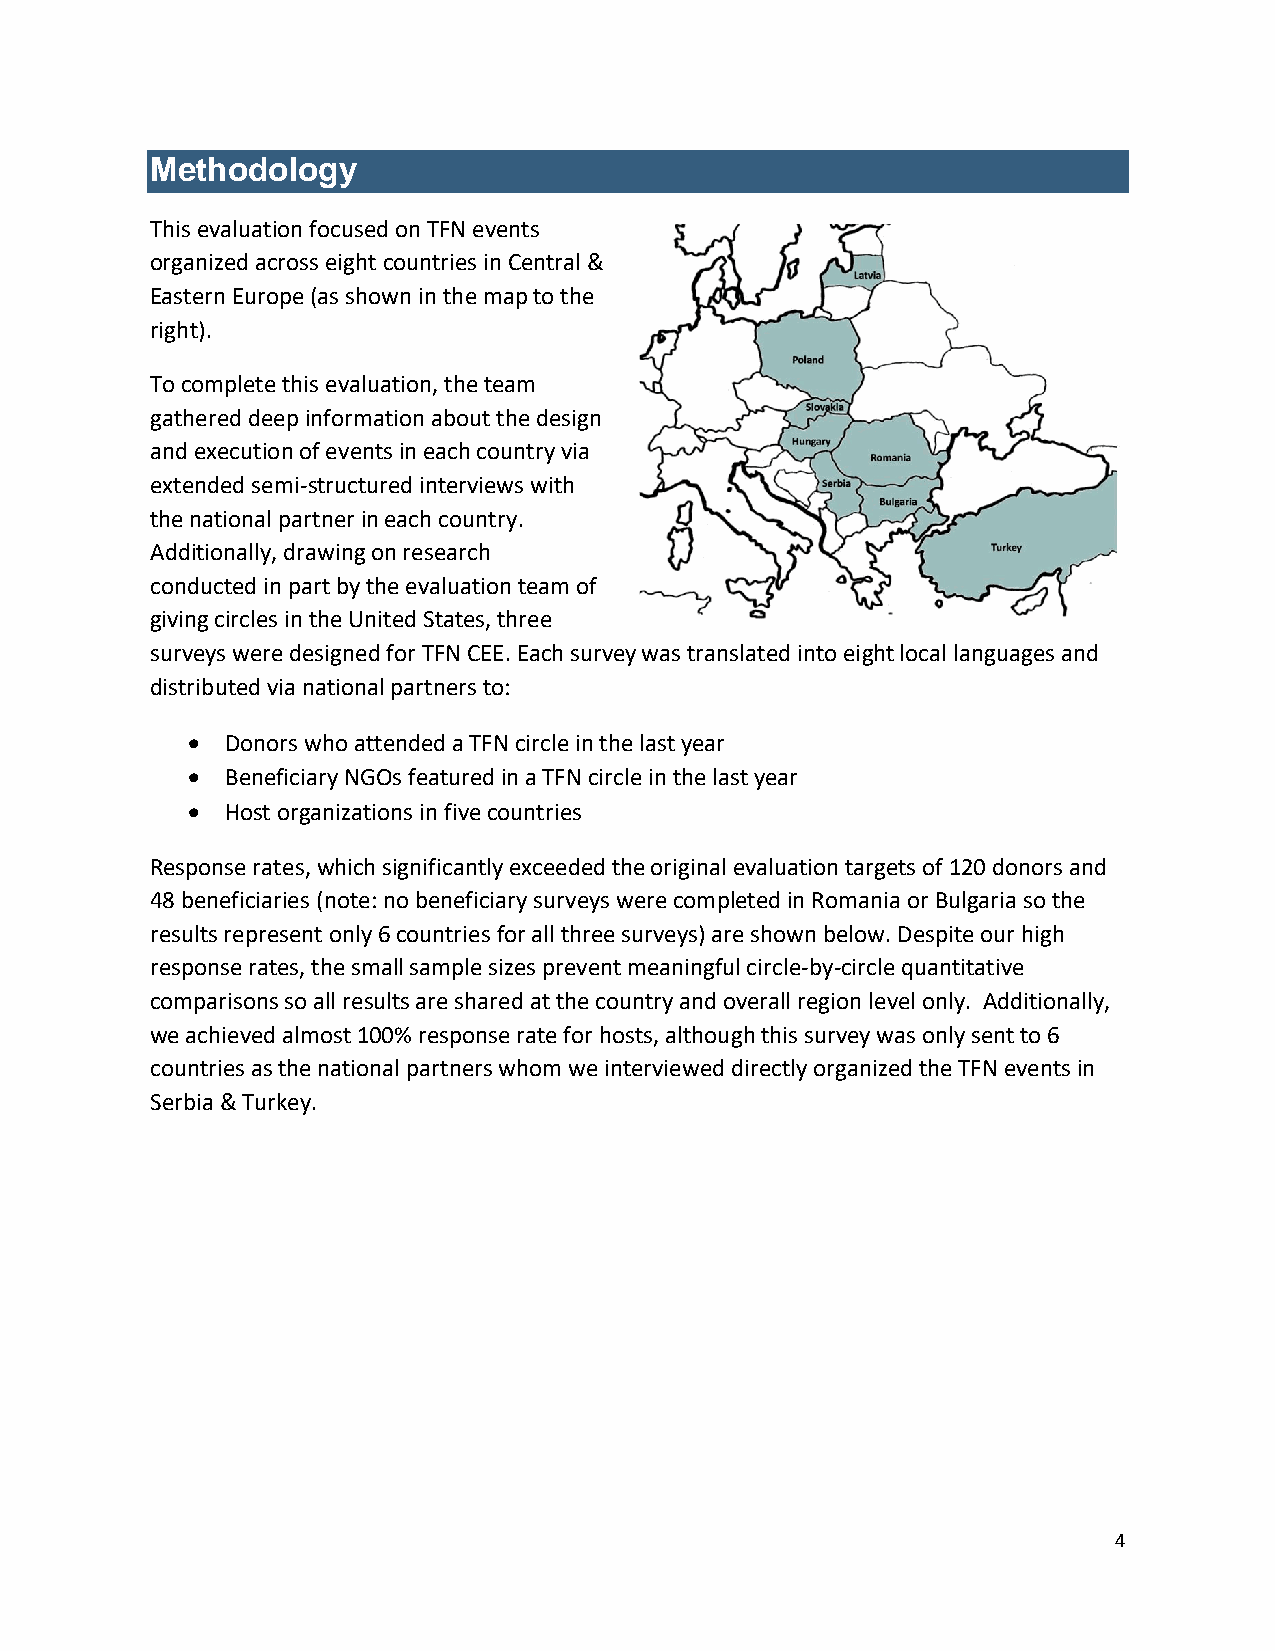
Methodology
 This evaluation focused on TFN events
 organized across eight countries in Central &
 Eastern Europe (as shown in the map to the
 right).
 To complete this evaluation, the team
 gathered deep information about the design
 and execution of events in each country via
 extended semi-structured interviews with
 the national partner in each country.
 Additionally, drawing on research
 conducted in part by the evaluation team of
 giving circles in the United States, three
 surveys were designed for TFN CEE. Each survey was translated into eight local languages and
 distributed via national partners to:
 •  Donors who attended a TFN circle in the last year
 •  Beneficiary NGOs featured in a TFN circle in the last year
 •  Host organizations in five countries
 Response rates, which significantly exceeded the original evaluation targets of 120 donors and
 48 beneficiaries (note: no beneficiary surveys were completed in Romania or Bulgaria so the
 results represent only 6 countries for all three surveys) are shown below. Despite our high
 response rates, the small sample sizes prevent meaningful circle-by-circle quantitative
 comparisons so all results are shared at the country and overall region level only. Additionally,
 we achieved almost 100% response rate for hosts, although this survey was only sent to 6
 countries as the national partners whom we interviewed directly organized the TFN events in
 Serbia & Turkey.
 4